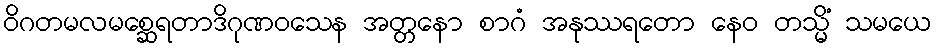
ဝိဂတမလမစ္ဆေရတာဒိဂုဏဝသေန အတ္တနော စာဂံ အနုဿရတော နေဝ တသ္မိံ သမယေ